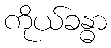
ကိုယ်ခန္ဓာ